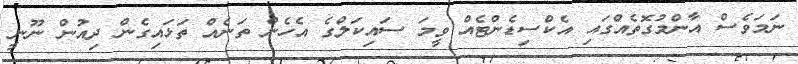
ނަމަވެސް އާންމުގޮތެއްގައި އެކްސިޑެންޓެއް ވީމަ ސައިކަލްގެ އެހެން ތަނެއް ތަޅައިގެން ދިއުން ނޫނީ